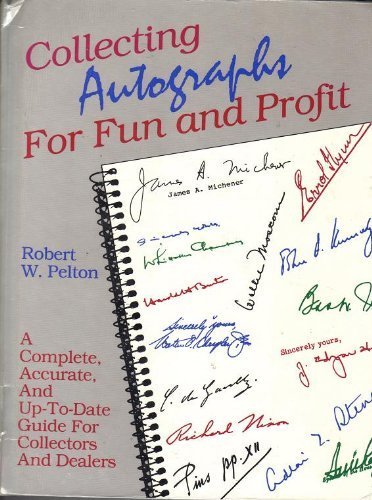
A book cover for Collecting Autographs for Fun and Profit; Robert W. Pelton; Crafts, Hobbies & Home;